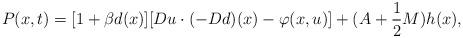
LaTeX: \begin{align*}P(x, t) = [ 1 + \beta d(x)][D u \cdot (-D d)(x) - \varphi (x, u) ] + (A + \frac{1} {2}M)h(x),\end{align*}